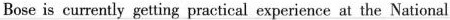
Bose is cunently getting practical experience at the National